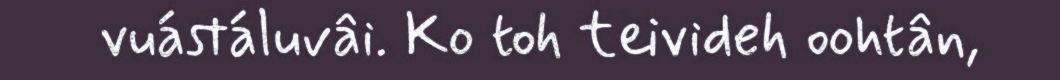
vuástáluvâi. Ko toh teivideh oohtân,